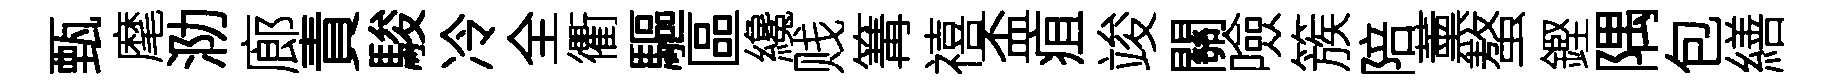
甄麾泐廊責駿冷全衢驅區纔贱篝禧盃疽竣關噞簇陪薰螯鏗隅包繕